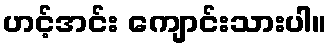
ဟင့်အင်း ကျောင်းသားပါ။